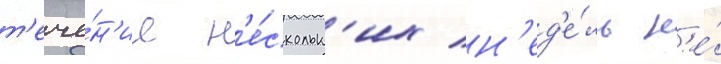
т'ече́н'ие н'е́скольк'их н'ед'е́ль н'е́